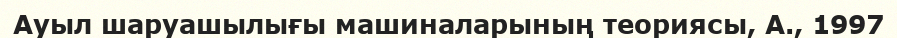
Ауыл шаруашылығы машиналарының теориясы, А., 1997